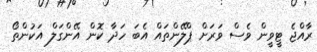
ރާއްޖެ ޓީވީން ވެސް ވަރަށް ޕްލޭންތައް އެބަ ހަދާ ކޮން އޭންގަލް އަކުންތޯ